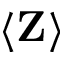
\langle \bf Z \rangle